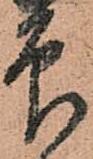
印